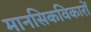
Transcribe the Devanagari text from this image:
मानसिकविकारों